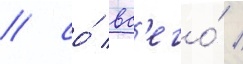
/ со́ вс'его́ /